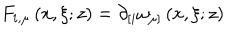
LaTeX: F _ { i , \mu } \left( x , \xi ; z \right) = \partial _ { \lbrack i } \omega _ { \mu ] } \left( x , \xi ; z \right)